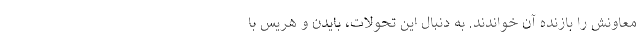
معاونش را بازنده آن خواندند. به دنبال این تحولات، بایدن و هریس با